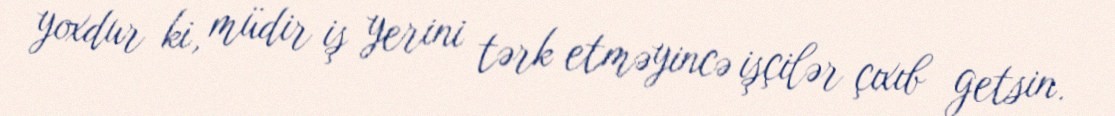
yoxdur ki, müdir iş yerini tərk etməyincə işçilər çıxıb getsin.